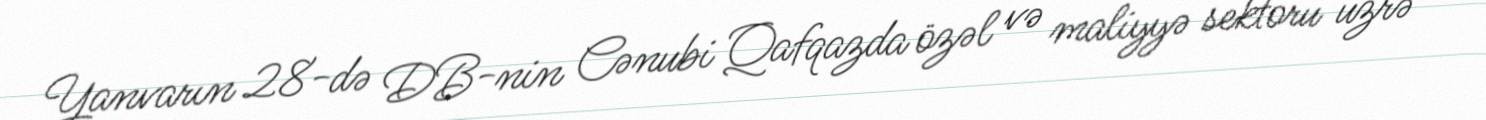
Yanvarın 28-də DB-nin Cənubi Qafqazda özəl və maliyyə sektoru üzrə